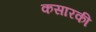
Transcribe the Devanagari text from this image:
कसारकी